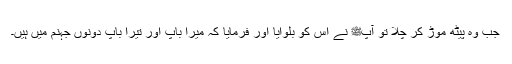
جب وہ پیٹھ موڑ کر چلا تو آپﷺ نے اس کو بلوایا اور فرمایا کہ میرا باپ اور تیرا باپ دونوں جہنم میں ہیں۔